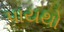
પાયથો